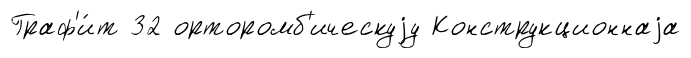
Граф'и́т 32 орторомб'ическуjу Конструкционнаjа